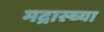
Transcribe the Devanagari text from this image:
मद्रास्च्या